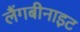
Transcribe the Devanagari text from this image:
लैंगबीनाइट